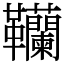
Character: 韊